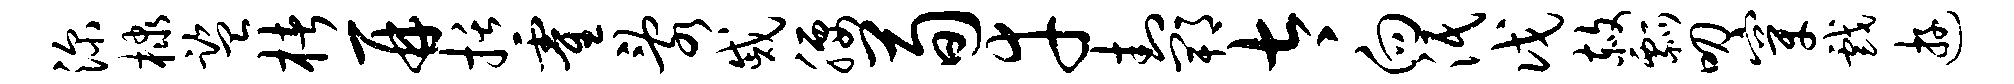
深棣监楮再括霍乱戚腰荀幸封郫太向泯戊赦瓢叨穿戏游